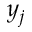
y _ { j }